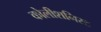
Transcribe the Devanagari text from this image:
कोलीशनिस्ट